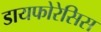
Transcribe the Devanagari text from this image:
डायफोरेसिस